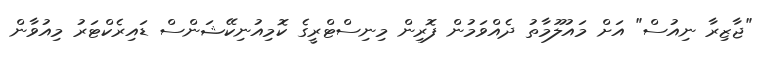
"ޖާޒިރާ ނިއުސް" އަށް މައުލޫމާތު ދެއްވަމުން ފޮރިން މިނިސްޓްރީގެ ކޮމިއުނިކޭޝަންސް ޑައިރެކްޓަރު މިއުވާން